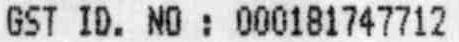
GST ID. NO : 000181747712